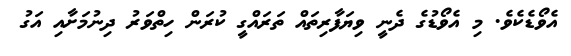
އެވޯޑެކެވެ. މި އެވޯޑުގެ ދެނީ ވިޔަފާރިތައް ތަރައްގީ ކުރަން ހިތްވަރު ދިނުމަށާއި އަގު